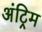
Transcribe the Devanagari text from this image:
अंट्रिम